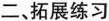
二、拓展练习